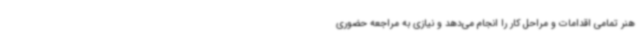
هنر تمامی اقدامات و مراحل کار را انجام می‌دهد و نیازی به مراجعه حضوری